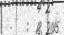
-    :  18